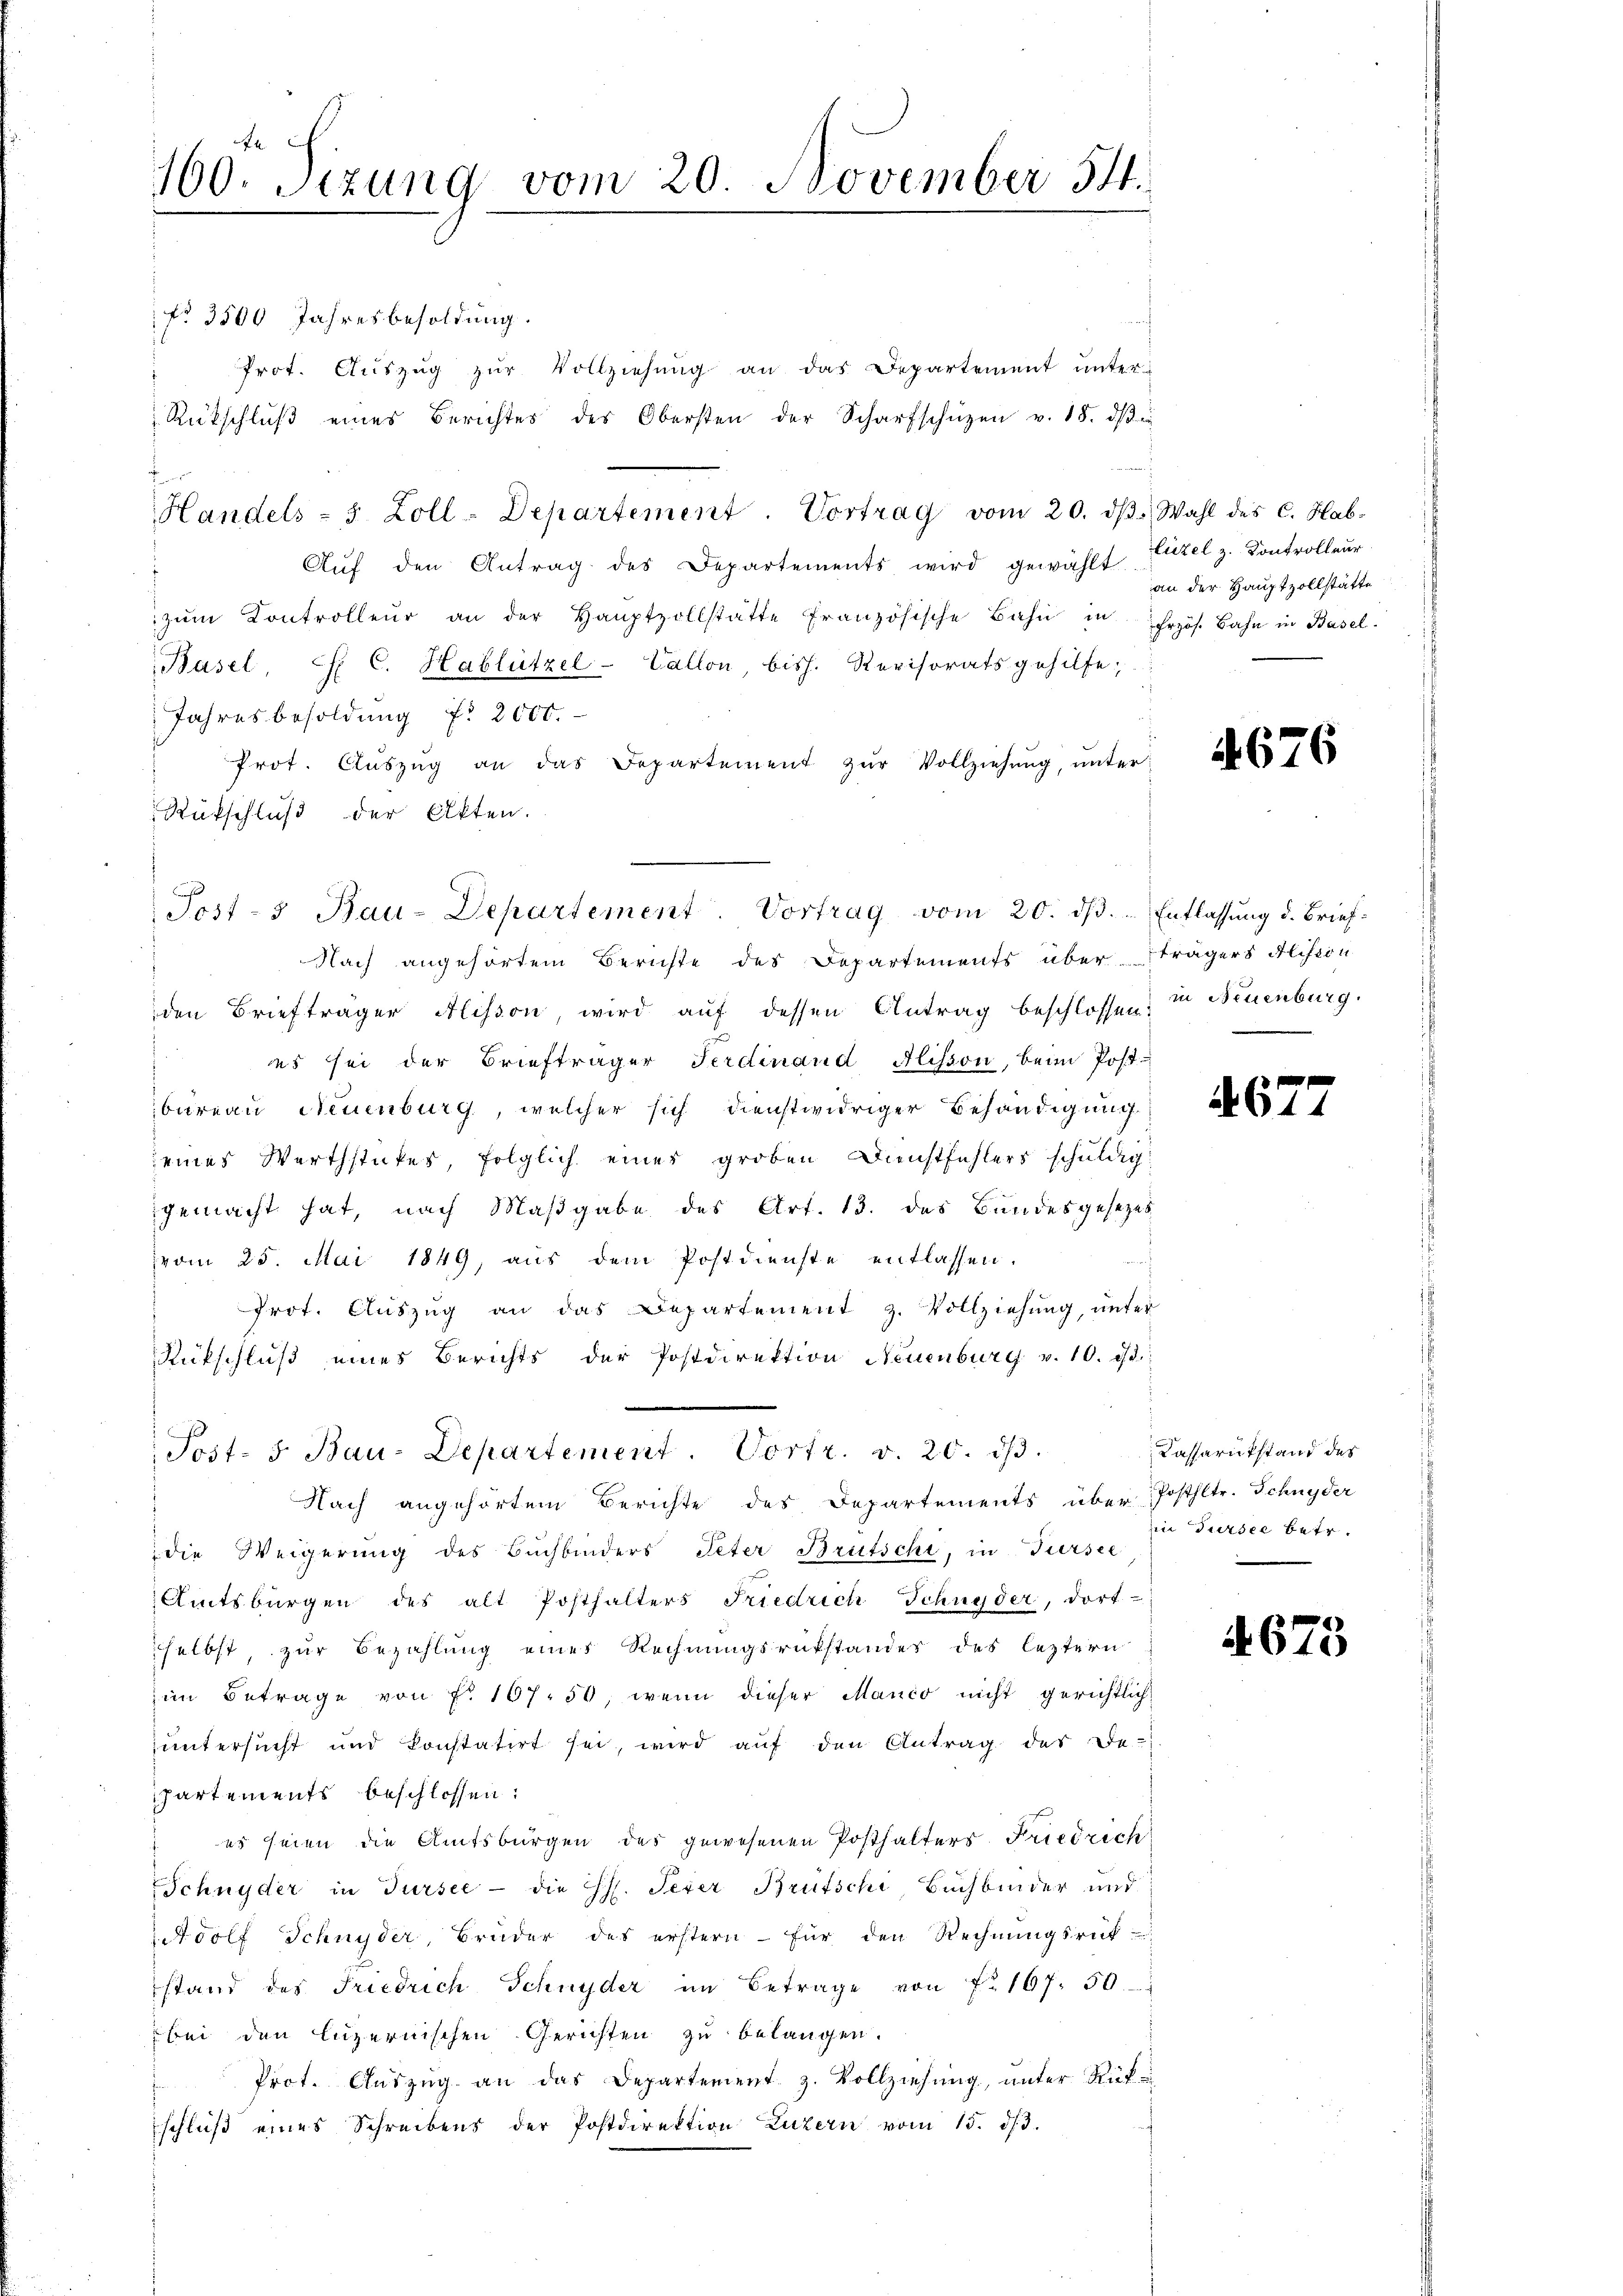
No 3500 Jahresbesoldung.
" Prot. Aŭszŭg zŭr Vollziehung an das Departement unter¬
Rückschlŭβ eines Berichtes des Obersten der Scharfschüzen v. 18. dβ
Handels - 5 Zoll-Departement. Vortrag vom 20. dβ. Wahl des C. Hab-
Aŭf den Antrag des Departements wird gewählt Luzel z. Kontrolleur
zŭm Kontrolleur an der Haŭptzollstätte französische Bahn in frzös. Bahn in Basel-
Basel, C. C. Hablützel-Vallon bish. Revisorats gehilfe,
Jahresbesoldung f. 2000.
Prot. Aŭszŭg an das Departement zŭr Vollziehŭng ŭnter
Rückschluß der Akten.
Nach angehörtem Berichte des Departements über strägers Mision
den Briefträger Alisson, wird auf dessen Antrag beschlossen, in Neuenburg.
 es sei der Briefträger Ferdinand Alisson, beim Post-
bureau Neuenburg, welcher sich dienstwidriger Behändigung
eines Werthstückes, folglich eines groben Dienstfehlers schuldig
gemacht hat, nach Maßgabe des Art. 13. des Bundesgesetzes
d
vom 25. Mai 1849, aus dem Postdienste entlassen.
Prot. Aŭszŭg an das Departement z. Vollziehung, unter
Rückschluß eines Berichts der Postdirektion Neuenburg v. 10. d.
Post- 5. Bau-Departement. Vortr. v. 20. dβ.
Nach angehörtem Berichte des Departements über Posthltr. Schnyder
die Weigerung des Buchbinders Peter Brütschi, in Tiersee
Amtsbürgen des alt Posthalters Friedrich Schnyder, dort-
selbst, zur Bezahlung eines Rechnungsrükstandes des leztern
im Betrage von fr. 167. 50, wenn dieser Manco nicht gerichtlich
untersucht und konstatirt sei, wird aŭf den Antrag des De-
partements beschlossen:
es seien die Amtsbürgen des gewesenen Posthalters Friedrich
Schnyder in Tursee - die H. Peter Brütschi, Buchbinder und
Adolf Schnyder, Bruder des erstern - für den Rechnŭngsrük
stand des Friedrich Schnyder im Betrage von Fr. 167. 50
bei den luzernischen Gerichten zu belangen.
Prot. Aŭszŭg an das Departement z. Vollziehŭng ŭnter Rükschluß eines Schreibens der Postdirektion Luzern vom 15. ds. 3.

100. Sizung vom 20. November 54.

Post- & Bau-Departement. Vortrag vom 20. dβ. - Entlassung d. Brief¬

an der Hauptzollstätte

4676

.

4677

Kassarikstand des
in Sursee betr.

A. 675.